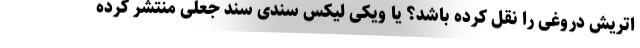
اتریش دروغی را نقل کرده باشد؟ یا ویکی لیکس سندی سند جعلی منتشر کرده